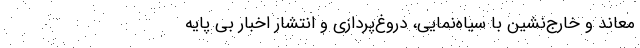
معاند و خارج‌نشین با سیاه‌نمایی، دروغ‌پردازی و انتشار اخبار بی‌ پایه